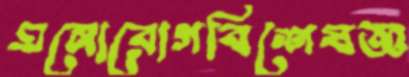
মনোরোগবিশেষজ্ঞ